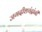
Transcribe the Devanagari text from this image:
जगदीशचंद्रांनी